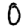
Digit: 0